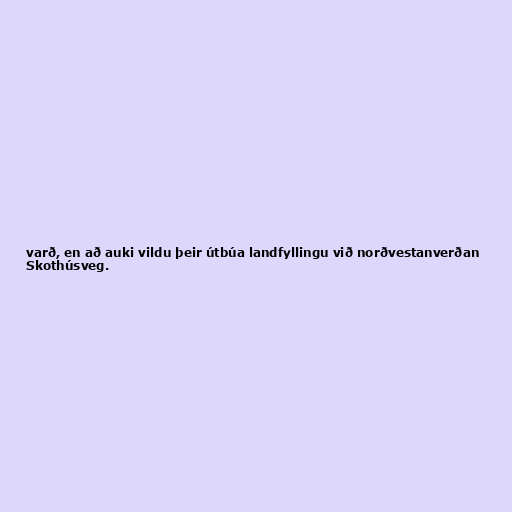
varð, en að auki vildu þeir útbúa landfyllingu við norðvestanverðan
Skothúsveg.